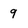
Character: 9